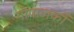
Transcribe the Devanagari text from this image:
गोपालकों